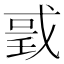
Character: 𢧌